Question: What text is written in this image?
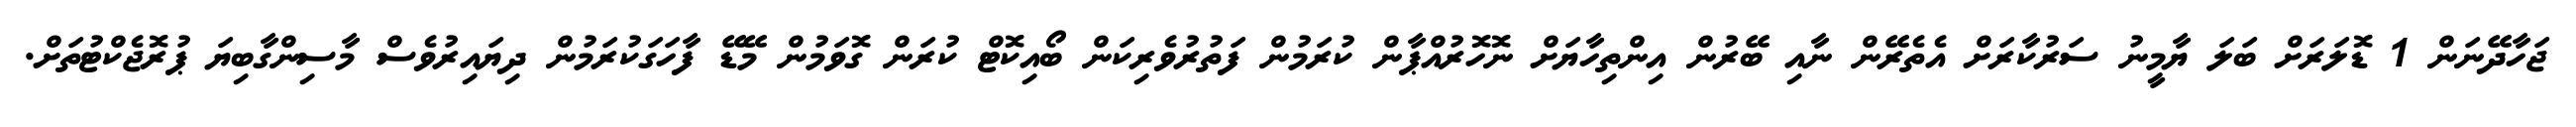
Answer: ޖަހާދޭނަން 1 ޑޮލަރަށް ބަލަ ޔާމީނު ސަރުކާރަށް އެތެރޭން ނާއި ބޭރުން އިންތިހާޔަށް ނޮހޮރުއްޕާން ކުރަމުން ފަތުރުވެރިކަން ބޯއިކޮޓް ކުރަން ގޮވަމުން މޭޑޭ ފާހަގަކުރަމުން ދިޔައިރުވެސް މާސިންގާބިޔަ ޕުރޮޖެކްޓުތަށް.